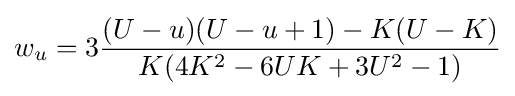
w_{u}=3{\frac {(U-u)(U-u+1)-K(U-K)}{K(4K^{2}-6UK+3U^{2}-1)}}